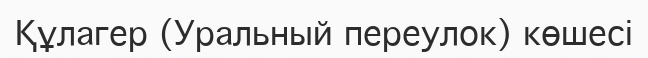
Құлагер (Уральный переулок) көшесі